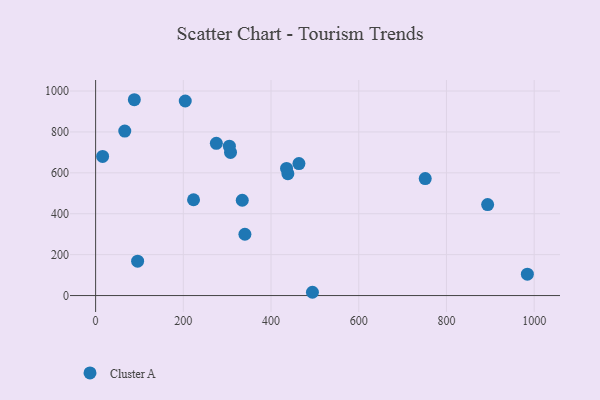
{"axis": {"x": "Ad Spend", "y": "Rating"}, "legend": ["Cluster A"], "data": [{"x": "88.3", "y": 957.5, "type": "Cluster A"}, {"x": "494.4", "y": 16.0, "type": "Cluster A"}, {"x": "334.4", "y": 465.9, "type": "Cluster A"}, {"x": "893.9", "y": 444.8, "type": "Cluster A"}, {"x": "463.6", "y": 645.2, "type": "Cluster A"}, {"x": "438.4", "y": 595.7, "type": "Cluster A"}, {"x": "223.3", "y": 468.5, "type": "Cluster A"}, {"x": "340.4", "y": 299.7, "type": "Cluster A"}, {"x": "16.0", "y": 680.1, "type": "Cluster A"}, {"x": "984.5", "y": 104.5, "type": "Cluster A"}, {"x": "307.6", "y": 699.6, "type": "Cluster A"}, {"x": "66.5", "y": 804.4, "type": "Cluster A"}, {"x": "275.3", "y": 744.3, "type": "Cluster A"}, {"x": "95.8", "y": 168.2, "type": "Cluster A"}, {"x": "305.0", "y": 730.2, "type": "Cluster A"}, {"x": "435.4", "y": 621.4, "type": "Cluster A"}, {"x": "751.6", "y": 571.9, "type": "Cluster A"}, {"x": "204.4", "y": 951.3, "type": "Cluster A"}]}